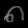
Digit: ၈